Vaccine operations Central Provinces 1900-1911 - 1900-1911
Year: 1900
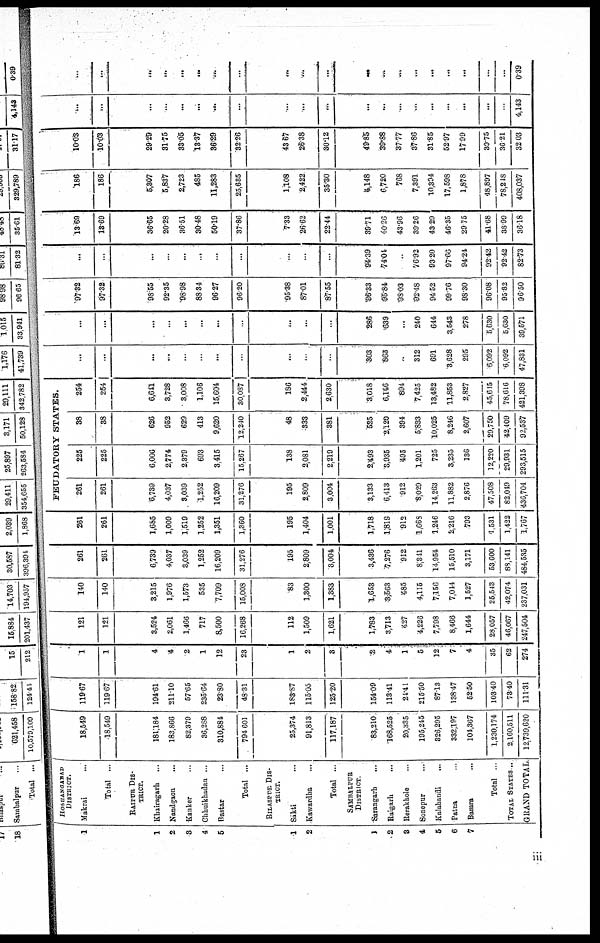
1
1
2
3
4
6
1
2
1
2
3
4
5
6
7
HOSHANGABAD
DISTRICT.
Makrai ...
Total ...
RAIPUR DIS-
TRICT.
Khairagarh ...
Nandgaon
...
Kanker ...
Chhuikhadan ...
Bastar ...
Total ...
BILASPUR DIS¬
TRICT.
Sakti ...
Kawardha ...
Total ...
SAMBALPUR
DISTRICT.
Sarangarh
...
Raigarh ...
Rerakhole ...
Sonepur
...
Kalabandi ...
Patna ...
Bamra ...
Total .
TOTAL STATES ...
GRAND TOTAL
18,549
18,549
181,184
183,866
82,379
36,288
310,884
794.601
25,374
91,813
117,187
83,210
168,525
20,335
195,245
326,295
332,197
104,367
1,230,174
2,160,511
12,739,620
119.67
119.67
194.61
211.10
57.65
235 64
23. 80
48.31
183.87
115.05
125.20
15409
113.41
24.41
215.50
87.13
138.47
52.50
103 40
73.40
111.31
1
1
4
4
2
1
12
23
1
2
8
2
4
1
5
12
7
4
35
62
274
121
121
3,524
2,061
1,466
717
8,500
16,268
112
1,509
1,621
1,783
3,713
427
4,226
7,798
8,466
1,644
28,057
46,067
247,504
140
140
3,215
1,976
1,573
535
7,709
15,008
83
1,300
1,383
1,658
3,563
485
4,115
7,156
7,044
1,527
25,543
42,074
237,031
261
261
6,739
4,037
3,039
1,252
16,209
31,276
195
2,809
3,004
3,436
7,276
912
8,341
14,954
15,510
3,171
53,600
83,141
484,535
261
261
1,685
1,009
1,519
1,252
1,351
1,360
195
1,404
1,001
1,718
1,819
912
1,668
1,246
2,216
793
1,531
1,422
1,767
FEUDATORY STATES.
261
261
6,739
4,037
3,039
1,252
16,209
31,276
195
2,809
3,004
3,133
6,413
912
8,029
14,263
11,882
2,876
47,508
82,049
436,704
225
225
6,006
2,774
2,379
693
3,415
15,267
138
2,081
2,219
2,493
3,935
495
1,201
725
3,235
136
12,220
29,931
293,515
38
88
626
952
629
413
9,620
12,240
48
333
881
525
2,120
394
5,833
10,025
8,246
2,607
29,750
42,409
92,537
254
254
6,641
3,728
3,008
1,106
15,604
30,087
186
2,444
2,630
3,018
6,146
894
7,425
13,482
11,853
2,827
45,615
78,616
421,398
...
...
...
...
...
...
...
...
...
...
...
303
863
...
312
691
3,628
295
6,092
6,092
47,831
...
...
...
...
...
...
...
...
...
...
...
286
639
...
240
644
3,543
278
5,630
5,630
39,571
97.32
97.32
98.55
92.35
98.98
88.34
96.27
96.20
95.38
87.01
87.55
96.33
95.84
98.03
92.48
9452
99.76
98.30
96.08
95.82
96.50
...
...
...
...
...
...
...
...
...
...
...
94.39
74.04
..
76.92
93.20
97.66
94.24
92.42
92.42
82.73
13.69
18.69
36.65
20.28
36.51
30.48
50.19
37.86
7.33
26.62
22.44
39.71
40.26
43.96
39.26
43 29
46.35
29.75
41.68
38.99
36.18
186
186
5,307
5,837
2,723
485
11,283
25,635
1,108
2,422
35.30
4,148
6,720
768
7,391
10,394
17,598
1,878
48,897
78,248
408,037
10.08
10.03
29.29
31.75
33.05
13.37
36.29
32.26
43.67
26.38
30.12
49.85
39.88
37.77
37.86
31.85
52.97
17.99
39.75
36.21
32.03
...
...
...
...
...
...
...
...
...
...
...
...
...
...
...
...
...
...
...
...
4,143
...
...
...
...
...
...
...
...
...
...
...
...
...
...
...
...
...
...
...
...
0.39
iii